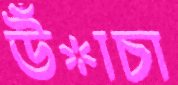
উঁাচা